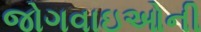
જોગવાઇઓની